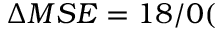
\Delta M S E = 1 8 / 0 ( \